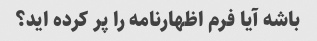
باشه آیا فرم اظهارنامه را پر کرده اید؟